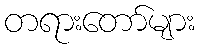
တရားတော်များ